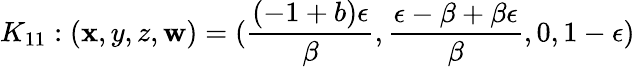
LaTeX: K_{11}:(\mathbf{x},y,z,\mathbf{w})=(\frac{{(-1+b)\epsilon}}{{\beta}},\frac{{\epsilon-\beta+\beta\epsilon}}{{\beta}},0,1-\epsilon)